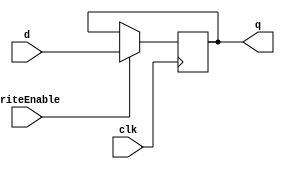
//------------------------------------------------------------------------
// D Flip Flop
//   Positive edge triggered
//   If writeEnable is true, q is equal to d 
//   otherwise, q holds its previous value
//------------------------------------------------------------------------

module dflipflop
(
    input d,
    input writeEnable,
    input clk,
    output reg q
);

    always @(posedge clk) begin
        if(writeEnable) begin
            q <= d;
        end
    end

endmodule